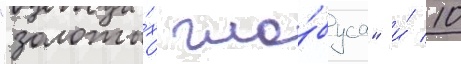
"золоты́х гло́буса" и́ 10